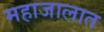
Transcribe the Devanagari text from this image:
महाजालात